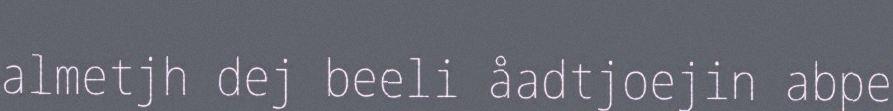
almetjh dej beeli åadtjoejin abpe